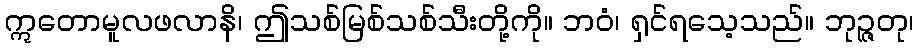
ဣတောမူလဖလာနိ၊ ဤသစ်မြစ်သစ်သီးတို့ကို။ ဘဝံ၊ ရှင်ရသေ့သည်။ ဘုဉ္ဇတု၊